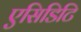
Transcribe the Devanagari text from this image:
एसिडिटि